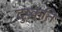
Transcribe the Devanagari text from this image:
दुष्‍कति